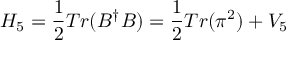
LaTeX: H _ { 5 } = \frac { 1 } { 2 } T r ( B ^ { \dagger } B ) = \frac { 1 } { 2 } T r ( \pi ^ { 2 } ) + V _ { 5 }